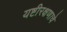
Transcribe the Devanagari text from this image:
यष्टीरक्षणाचे